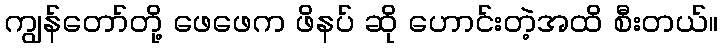
ကျွန်တော်တို့ ဖေဖေက ဖိနပ် ဆို ဟောင်းတဲ့အထိ စီးတယ်။